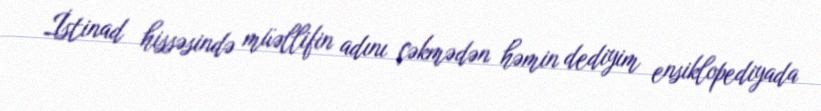
İstinad hissəsində müəllifin adını çəkmədən həmin dediyim ensiklopediyada